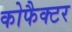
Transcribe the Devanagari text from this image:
कोफैक्टर